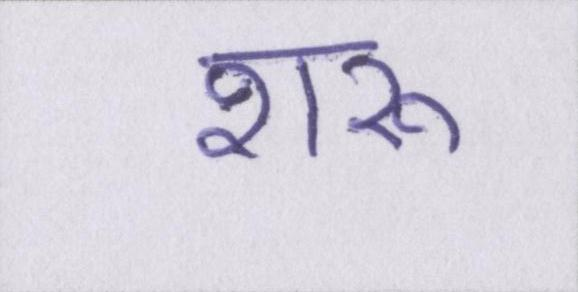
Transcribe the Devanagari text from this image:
शरू